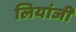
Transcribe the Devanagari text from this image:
लियांजी